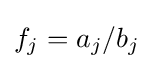
f_{j}=a_{j}/b_{j}